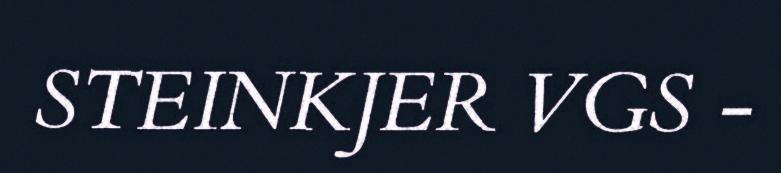
STEINKJER VGS -